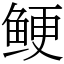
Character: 鲠